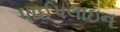
પાઈપલાઇન